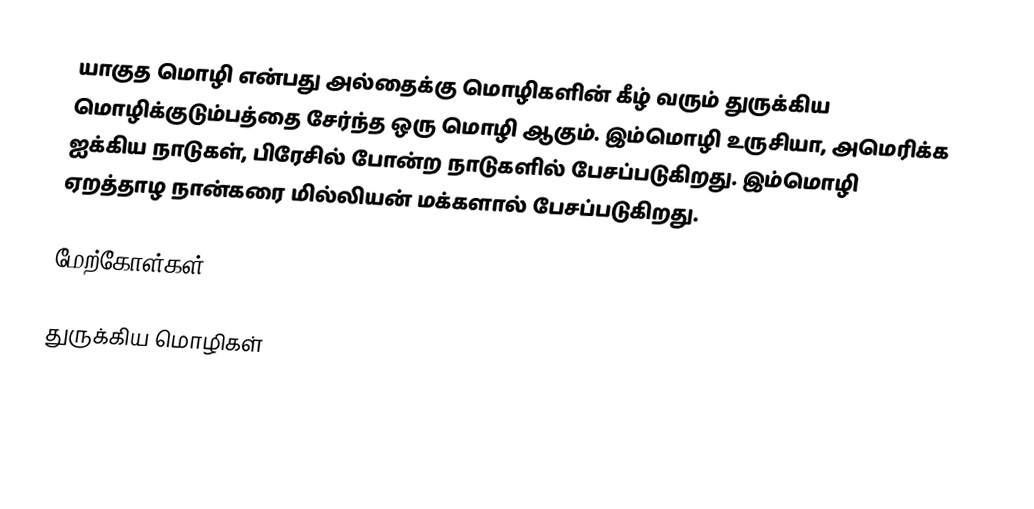
யாகுத மொழி என்பது அல்தைக்கு மொழிகளின் கீழ் வரும் துருக்கிய மொழிக்குடும்பத்தை சேர்ந்த ஒரு மொழி ஆகும். இம்மொழி உருசியா, அமெரிக்க ஐக்கிய நாடுகள், பிரேசில் போன்ற நாடுகளில் பேசப்படுகிறது. இம்மொழி ஏறத்தாழ நான்கரை மில்லியன் மக்களால் பேசப்படுகிறது.

மேற்கோள்கள்

துருக்கிய மொழிகள்